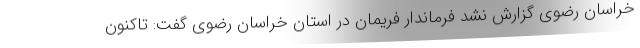
خراسان رضوی گزارش نشد فرماندار فریمان در استان خراسان رضوی گفت: تاکنون